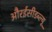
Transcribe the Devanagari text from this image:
औरईसीडब्ल्यू